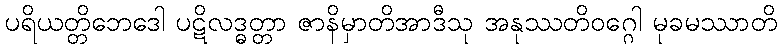
ပရိယတ္တိဘေဒေါ ပဋိလဒ္ဓတ္တာ ဇာနိမှာတိအာဒီသု အနုဿတိဝဂ္ဂေါ မုခမဿာတိ